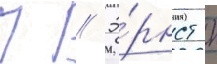
П // Э́рнст к